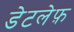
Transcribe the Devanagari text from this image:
डेटलेफ़